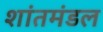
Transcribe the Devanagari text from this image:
शांतमंडल